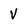
Character: V